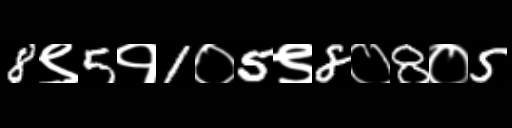
Text: 8९5१1०5९8०8०5